Civil Veterinary Department. United Provinces 1923-31 - 1923-1931
Year: 1923
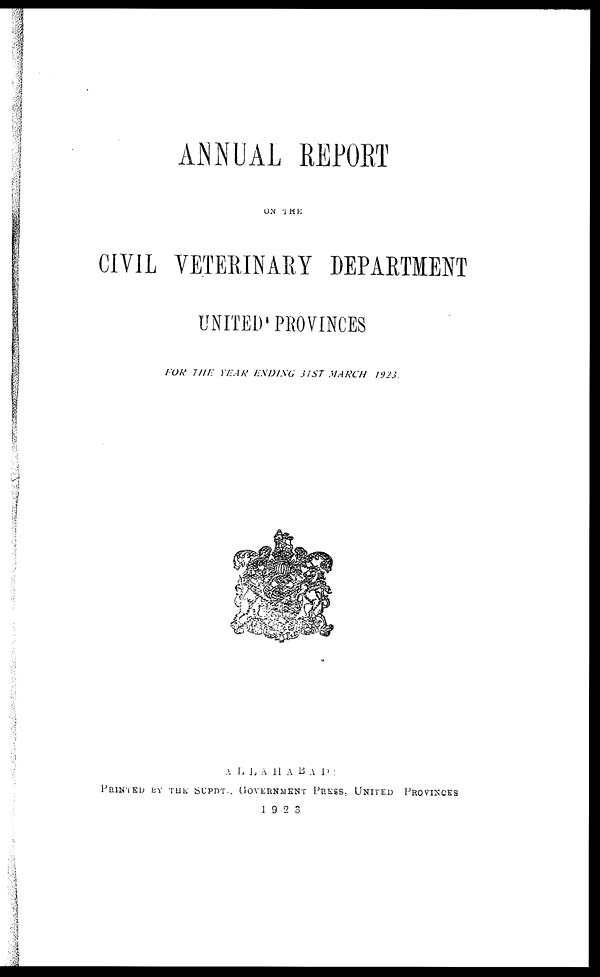
ANNUAL REPORT
ON THE
CIVIL VETERINARY DEPARTMENT
UNITED PROVINCES
FOR THE YEAR ENDING 31ST MARCH
1923.
ALLAHABAD
PRINTED
BY
THE
SUPDT
GOVERNMENT
PRESS.
United
Provinces
1923